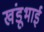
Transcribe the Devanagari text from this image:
खंडूभाई